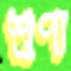
শুণ্য